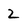
Character: 2